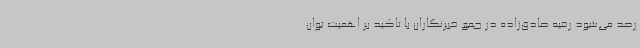
رصد می‌شود رقیه صادق‌زاده در جمع خبرنگاران با تاکید بر اهمیت توان